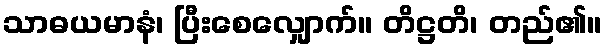
သာဓယမာနံ၊ ပြီးစေလျှောက်။ တိဋ္ဌတိ၊ တည်၏။